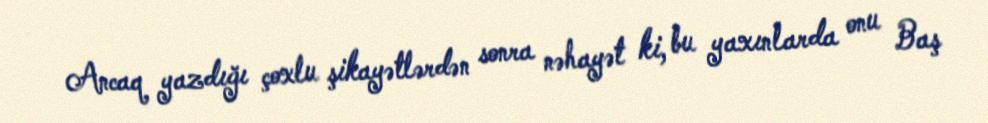
Ancaq yazdığı çoxlu şikayətlərdən sonra nəhayət ki, bu yaxınlarda onu Baş